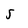
Character: 5